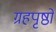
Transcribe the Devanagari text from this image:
ग्रहपृष्ठों